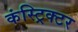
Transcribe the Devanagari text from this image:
कंस्ट्रिक्टर